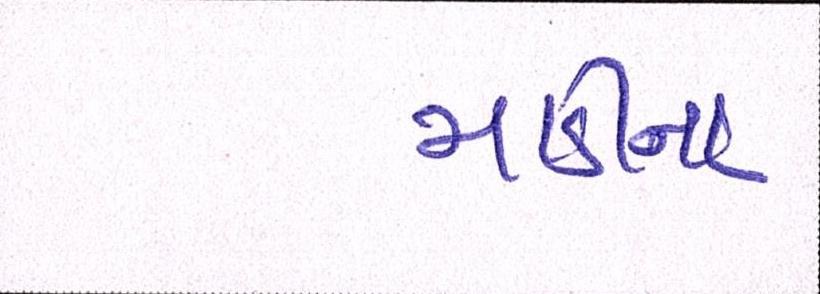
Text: માડીના